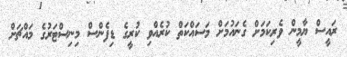
ރައީސް ޔާމީން ވެރިކަމަށް ގެނައުމަށް މަސަައްކަތް ކުރެއްވި ކުރީގެ ޑިފެންސް މިނިސްޓަރުގެ މައްޗަށް